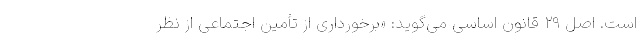
است. اصل ۲۹ قانون اساسی می‌گوید: «برخورداری از تأمین اجتماعی از نظر